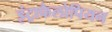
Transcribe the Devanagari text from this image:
इंट्राफैलोपियन